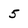
Character: 5